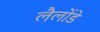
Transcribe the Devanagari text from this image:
लैलोंडे